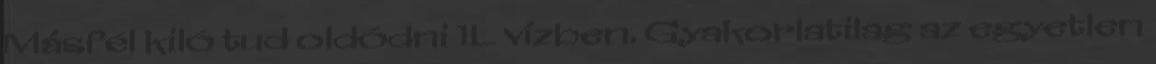
Másfél kiló tud oldódni 1L vízben. Gyakorlatilag az egyetlen